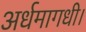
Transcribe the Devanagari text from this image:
अर्धमागधी।